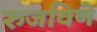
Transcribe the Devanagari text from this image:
रुजविणे